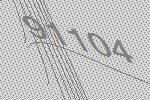
91104